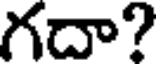
గదా?